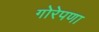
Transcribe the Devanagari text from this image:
गोरेपणा